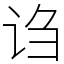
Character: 诌